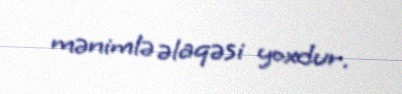
mənimlə əlaqəsi yoxdur.